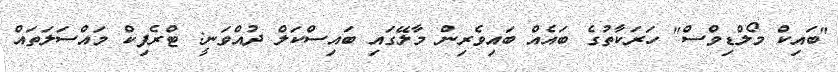
"ބައިކް މޯލްޑިވްސް" ހަރަކާތުގެ ބައެއް ބައިވެރިން މާލޭގައި ބައިސްކަލް ދުއްވަނީ: ޓްރެފިކް މައްސަލަތައް